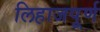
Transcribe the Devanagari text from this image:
लिहाजपूर्ण